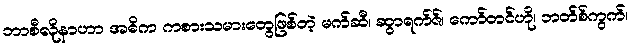
ဘာစီလိုနာဟာ အဓိက ကစားသမားတွေဖြစ်တဲ့ မက်ဆီ၊ ဆွာရက်ဇ်၊ ကော်တင်ဟို၊ ဘတ်စ်ကွက်၊